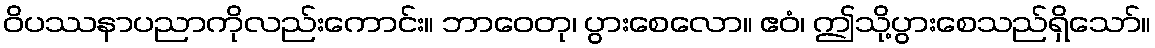
ဝိပဿနာပညာကိုလည်းကောင်း။ ဘာဝေတု၊ ပွားစေလော။ ဧဝံ၊ ဤသို့ပွားစေသည်ရှိသော်။